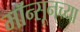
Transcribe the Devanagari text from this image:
मॉन्सूनच्या